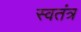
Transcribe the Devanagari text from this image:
स्वतंत्र